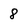
Character: 8